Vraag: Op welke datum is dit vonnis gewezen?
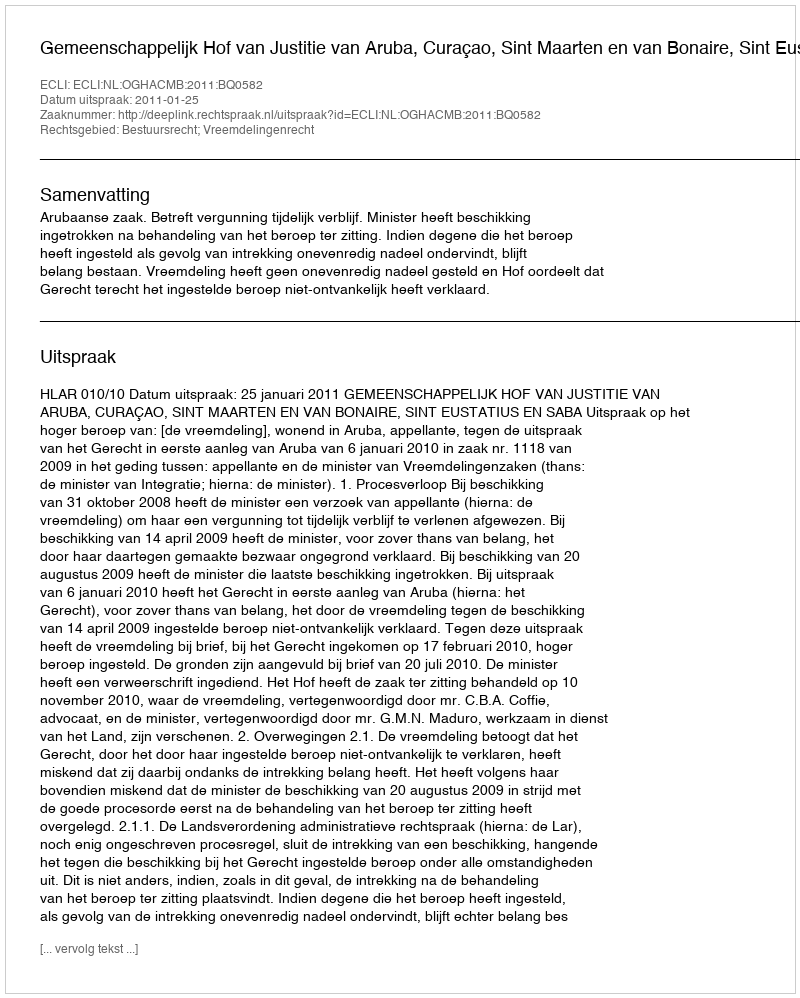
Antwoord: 2011-01-25